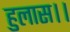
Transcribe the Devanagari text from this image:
हुलास।।